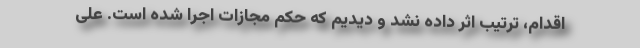
اقدام، ترتیب اثر داده نشد و دیدیم که حکم مجازات اجرا شده است. علی